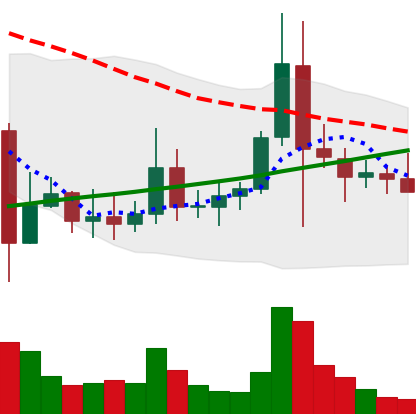
Ticker: ADA-USD
Chart end date: 2021-11-15
Forward return: -4.656%
Label: down_3_5